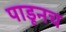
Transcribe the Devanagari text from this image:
पाडूनच